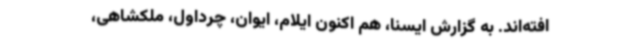
افته‌اند. به گزارش ایسنا، هم اکنون ایلام، ایوان، چرداول، ملکشاهی،